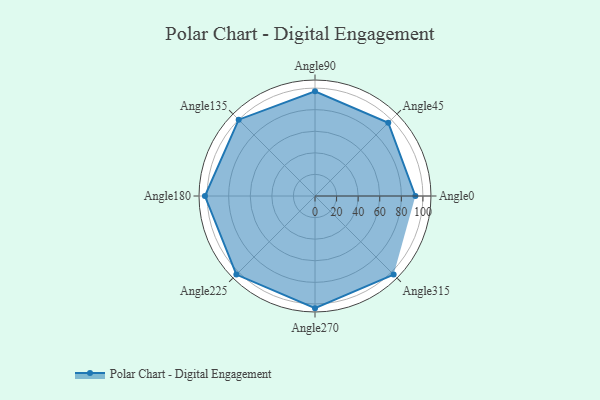
{"axis": {"x": "Angle", "y": "Radius"}, "legend": [""], "data": [{"x": "Angle0", "y": 93.0, "type": ""}, {"x": "Angle45", "y": 96.0, "type": ""}, {"x": "Angle90", "y": 97.0, "type": ""}, {"x": "Angle135", "y": 100.0, "type": ""}, {"x": "Angle180", "y": 102.0, "type": ""}, {"x": "Angle225", "y": 103.0, "type": ""}, {"x": "Angle270", "y": 104.0, "type": ""}, {"x": "Angle315", "y": 103.0, "type": ""}]}